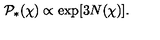
{ \cal P } _ { * } ( \chi ) \propto \exp [ 3 N ( \chi ) ] .